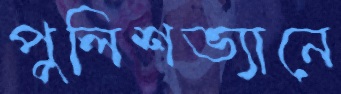
পুলিশভ্যানে